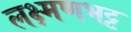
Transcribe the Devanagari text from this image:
लक्ष्मणभट्ट